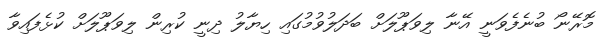
މޮރޭނޯ ބުނެފެވަނީ އޭނާ ލިވަޕޫލަށް ބަދަލުވުމުގައި ހިޔާލު ދިނީ ކުރިން ލިވަޕޫލަށް ކުޅެފައިވާ